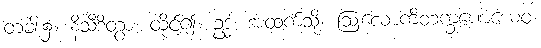
တံခါး၌။ နိသီဒိတွာ၊ ထိုင်၍။ ဥဒ္ဓံ၊ အထက်သို့။ ဩလောကိတက္ခဏေယေဝ၊